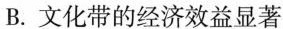
B.文化带的经济效益显著